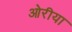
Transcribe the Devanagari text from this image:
ओरीया